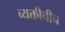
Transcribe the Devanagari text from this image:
व्यक्तीचीच